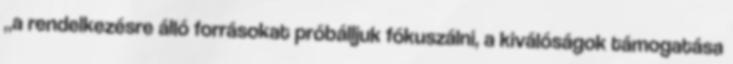
„a rendelkezésre álló forrásokat próbálljuk fókuszálni, a kiválóságok támogatása